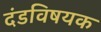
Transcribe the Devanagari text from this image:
दंडविषयक